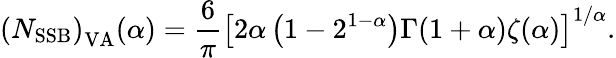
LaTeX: \left(N_{\mathrm{SSB}}\right)_{\mathrm{VA}}(\alpha)=\frac{6}{\pi}\left[2\alpha\left(1-2^{1-\alpha}\right)\Gamma(1+\alpha)\zeta(\alpha)\right]^{1/\alpha}.